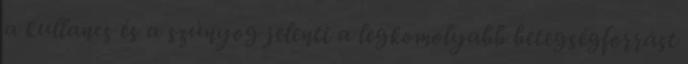
a kullancs és a szúnyog jelenti a legkomolyabb betegségforrást